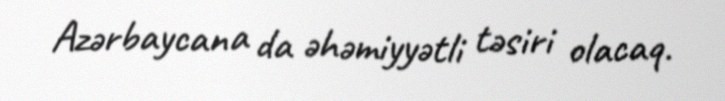
Azərbaycana da əhəmiyyətli təsiri olacaq.